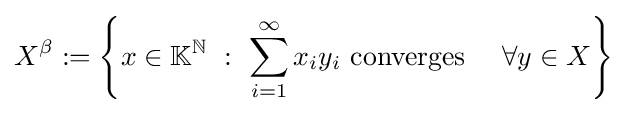
X^{\beta }:=\left\{x\in \mathbb {K} ^{\mathbb {N} }\ :\ \sum _{i=1}^{\infty }x_{i}y_{i}{\text{ converges }}\quad \forall y\in X\right\}